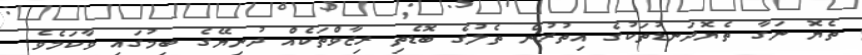
ތެޔޮ ނަގާ ތެޔޮދަނޑުތަކުގެ އިތުރުން ތެލުގެ ބޮޑެތި ރިޒާވްތަކެއް ދުނިޔޭގެ ބިމުގައި ވާކަމެވެ.